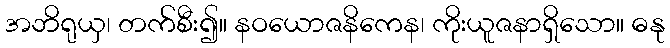
အဘိရုယှ၊ တက်စီး၍။ နဝယောဇနိကေန၊ ကိုးယူဇနာရှိသော။ ဓနု